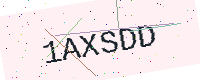
Text: 1AXSDD